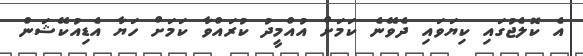
އެ ކޮލެޖުގައި ކިޔަވައި ދެވޭނެ ކަަމަށް އުއްމީދު ކުރައްވާ ކަމަށް ހަޔާ އެޑިއުކޭޝަން